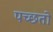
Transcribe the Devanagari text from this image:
पच्छतो